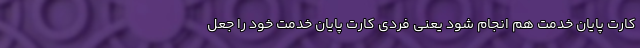
کارت پایان خدمت هم انجام شود یعنی فردی کارت پایان خدمت خود را جعل